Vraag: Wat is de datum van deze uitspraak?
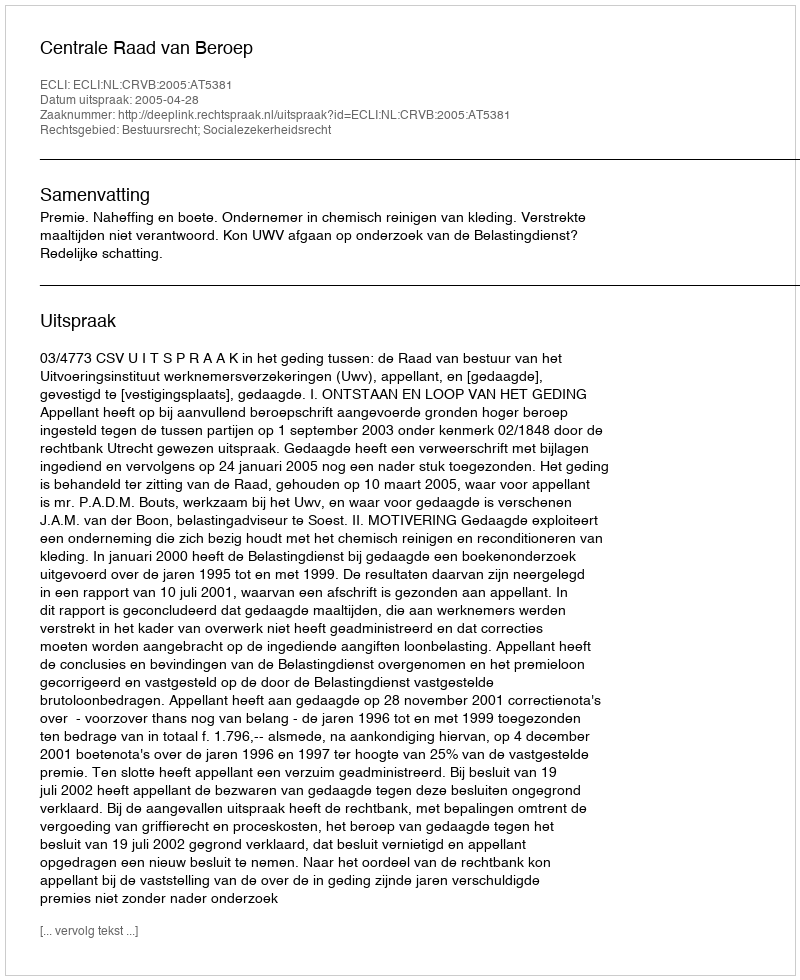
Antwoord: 2005-04-28